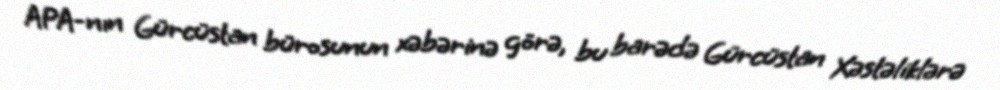
APA-nın Gürcüstan bürosunun xəbərinə görə, bu barədə Gürcüstan Xəstəliklərə